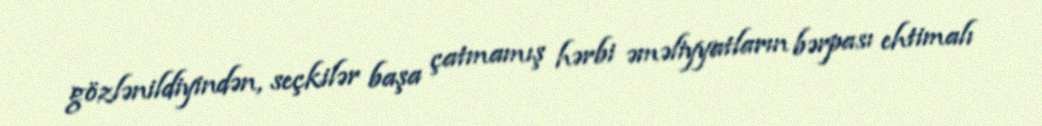
gözlənildiyindən, seçkilər başa çatmamış hərbi əməliyyatların bərpası ehtimalı